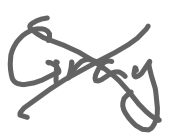
Text: Gray
Cross-out: cross
Writing tool: digital_gray